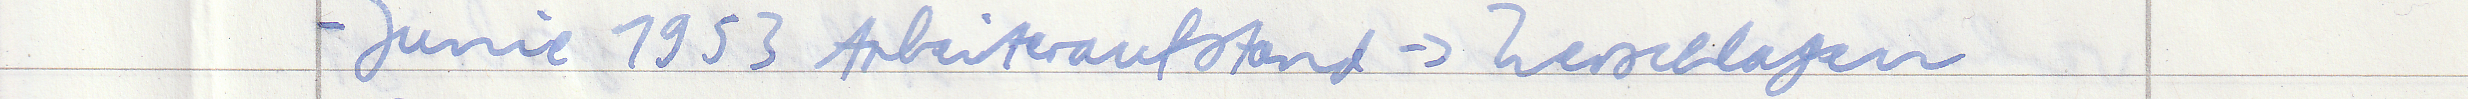
- Junie 1953 Arbeiteraufstand -> Zerschlagen